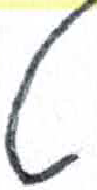
אות: ט